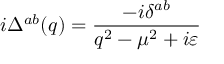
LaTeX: i \Delta ^ { a b } ( q ) = \frac { - i \delta ^ { a b } } { q ^ { 2 } - \mu ^ { 2 } + i \varepsilon }